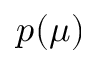
p ( \mu )